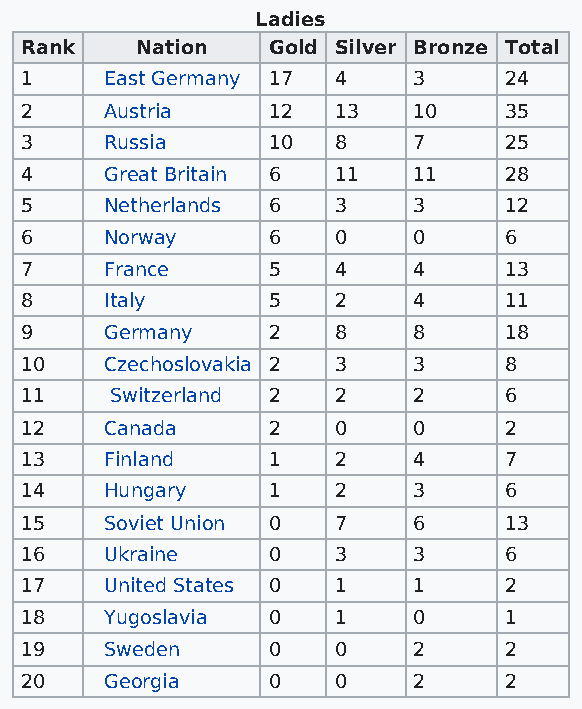
Ladies
 Rank    Nation   Gold Silver Bronze Total
 1     East Germany 17 4   3     24
 2     Austria    12  13   10    35
 3     Russia     10  8    7     25
 4     Great Britain 6 11  11    28
 5     Netherlands 6  3    3     12
 6     Norway     6   0    0     6
 7     France     5   4    4     13
 8     Italy      5   2    4     11
 9     Germany    2   8    8     18
 10    Czechoslovakia 2 3  3     8
 11    Switzerland 2  2    2     6
 12    Canada     2   0    0     2
 13    Finland    1   2    4     7
 14    Hungary    1   2    3     6
 15    Soviet Union 0 7    6     13
 16    Ukraine    0   3    3     6
 17    United States 0 1   1     2
 18    Yugoslavia 0   1    0     1
 19    Sweden     0   0    2     2
 20    Georgia    0   0    2     2